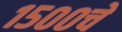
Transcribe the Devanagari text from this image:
१५००चे